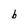
Character: b